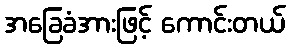
အခြေခံအားဖြင့် ကောင်းတယ်